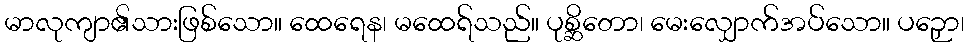
မာလုကျာ၏သားဖြစ်သော။ ထေရေန၊ မထေရ်သည်။ ပုစ္ဆိတော၊ မေးလျှောက်အပ်သော။ ပဉှော၊